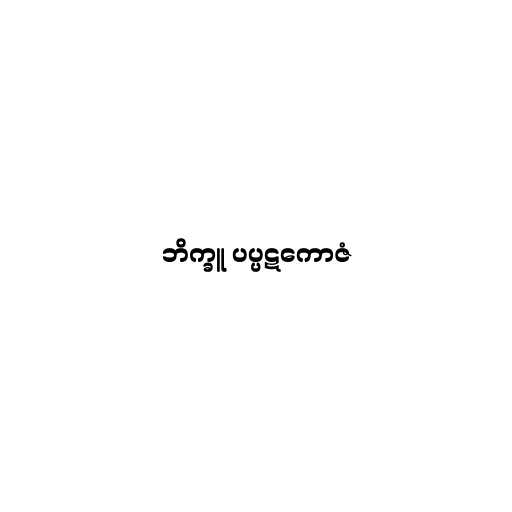
ဘိက္ခူ ပပ္ပဋကောဇံ